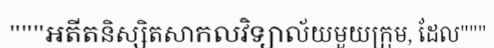
"""អតីតនិស្សិតសាកលវិទ្យាល័យមួយក្រុម, ដែល"""